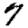
Digit: 7